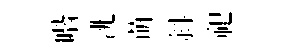
喈洮萌斜祀